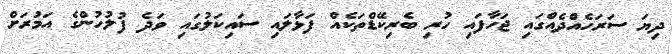
ދިޔަ ސަރަހެއްދެއްގައި ޖަހާފައި ހުރި ބެރިކޭޑްތަކެއް ފަޅާލައި ސައިކަލުގައި ވަދެ ފުލުހުންގެ އަމުރަށް